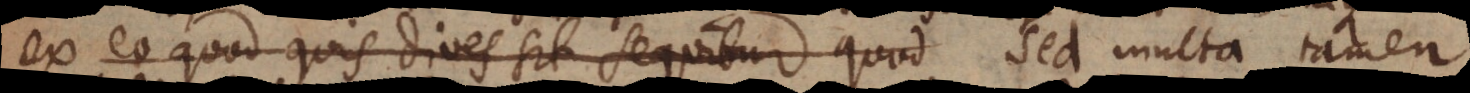
ex eo quod quis dives sit sequitur quod Sed multa tamen